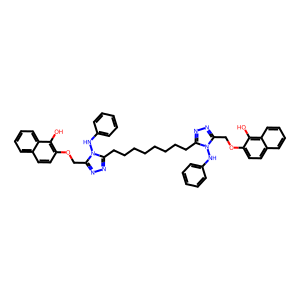
SMILES: Oc1c(OCc2nnc(CCCCCCCCc3nnc(COc4ccc5ccccc5c4O)n3Nc3ccccc3)n2Nc2ccccc2)ccc2ccccc12
Inhibits HIV replication: No